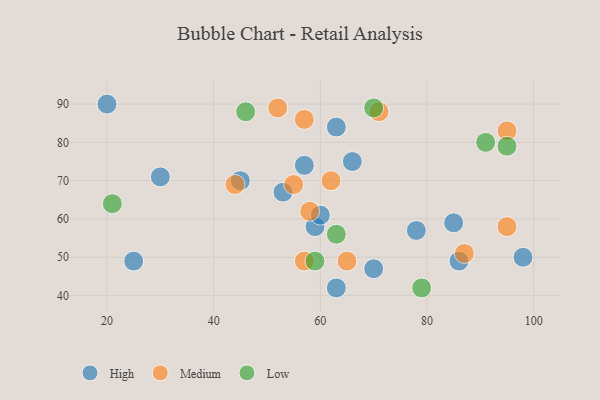
{"axis": {"x": "GDP", "y": "Life Expectancy"}, "legend": ["High", "Low", "Medium"], "data": [{"x": "98", "y": 50, "type": "High"}, {"x": "78", "y": 57, "type": "High"}, {"x": "20", "y": 90, "type": "High"}, {"x": "70", "y": 47, "type": "High"}, {"x": "30", "y": 71, "type": "High"}, {"x": "45", "y": 70, "type": "High"}, {"x": "53", "y": 67, "type": "High"}, {"x": "85", "y": 59, "type": "High"}, {"x": "57", "y": 74, "type": "High"}, {"x": "66", "y": 75, "type": "High"}, {"x": "59", "y": 58, "type": "High"}, {"x": "63", "y": 42, "type": "High"}, {"x": "63", "y": 84, "type": "High"}, {"x": "25", "y": 49, "type": "High"}, {"x": "86", "y": 49, "type": "High"}, {"x": "60", "y": 61, "type": "High"}, {"x": "58", "y": 62, "type": "Medium"}, {"x": "52", "y": 89, "type": "Medium"}, {"x": "62", "y": 70, "type": "Medium"}, {"x": "57", "y": 86, "type": "Medium"}, {"x": "44", "y": 69, "type": "Medium"}, {"x": "87", "y": 51, "type": "Medium"}, {"x": "57", "y": 49, "type": "Medium"}, {"x": "95", "y": 58, "type": "Medium"}, {"x": "95", "y": 83, "type": "Medium"}, {"x": "55", "y": 69, "type": "Medium"}, {"x": "71", "y": 88, "type": "Medium"}, {"x": "65", "y": 49, "type": "Medium"}, {"x": "63", "y": 56, "type": "Low"}, {"x": "59", "y": 49, "type": "Low"}, {"x": "91", "y": 80, "type": "Low"}, {"x": "95", "y": 79, "type": "Low"}, {"x": "21", "y": 64, "type": "Low"}, {"x": "79", "y": 42, "type": "Low"}, {"x": "46", "y": 88, "type": "Low"}, {"x": "70", "y": 89, "type": "Low"}]}